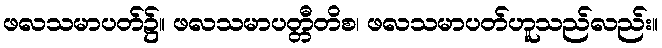
ဖလသမာပတ်၌။ ဖလသမာပတ္တီတိစ၊ ဖလသမာပတ်ဟူသည်လည်း။